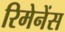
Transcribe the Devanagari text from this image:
रिमेनेंस